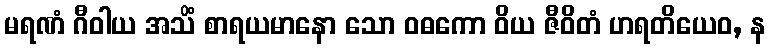
မရဏံ ဂီဝါယ အသိံ စာရယမာနော သော ဝဓကော ဝိယ ဇီဝိတံ ဟရတိယေဝ, န